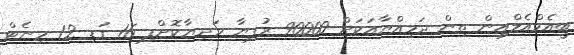
ބީއެމްއެލްއިން ތިން ޖަމިއްޔާއަކަށް 90000 ރުފިޔާ ހަދިޔާކޮށްފި 16 ގަޑި 12 މިނެޓް